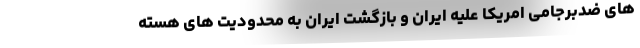
های ضدبرجامی امریکا علیه ایران و بازگشت ایران به محدودیت های هسته